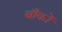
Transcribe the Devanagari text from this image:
बाँकों